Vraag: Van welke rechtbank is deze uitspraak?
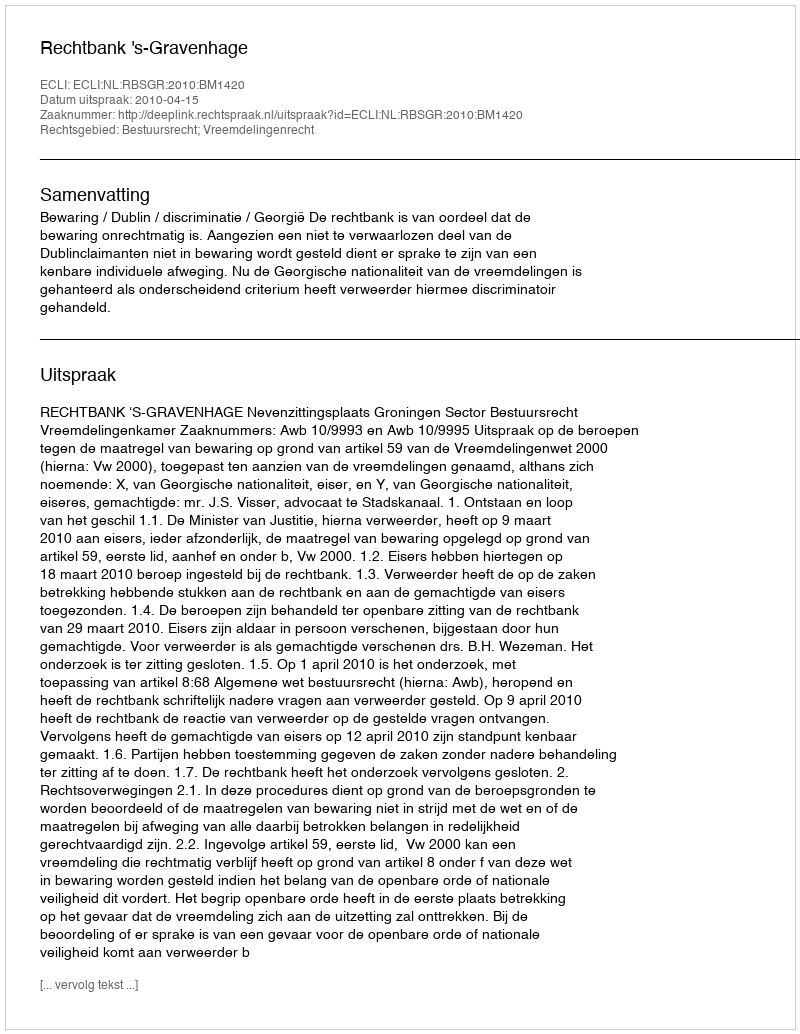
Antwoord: Rechtbank 's-Gravenhage